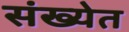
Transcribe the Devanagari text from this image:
संख्‍येत